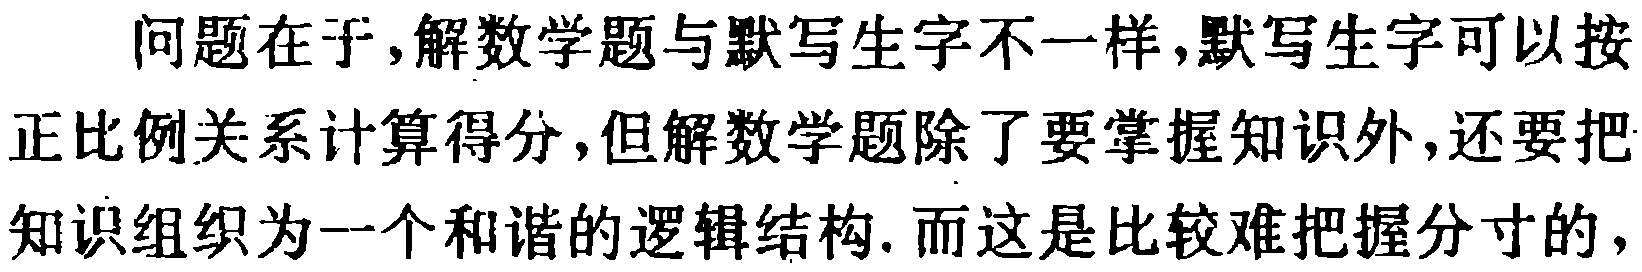
问题在于,解数学题与默写生字不一样,默写生字可以按正比例关系计算得分,但解数学题除了要掌握知识外,还要把知识组织为一个和谐的逻辑结构.而这是比较难把握分寸的,